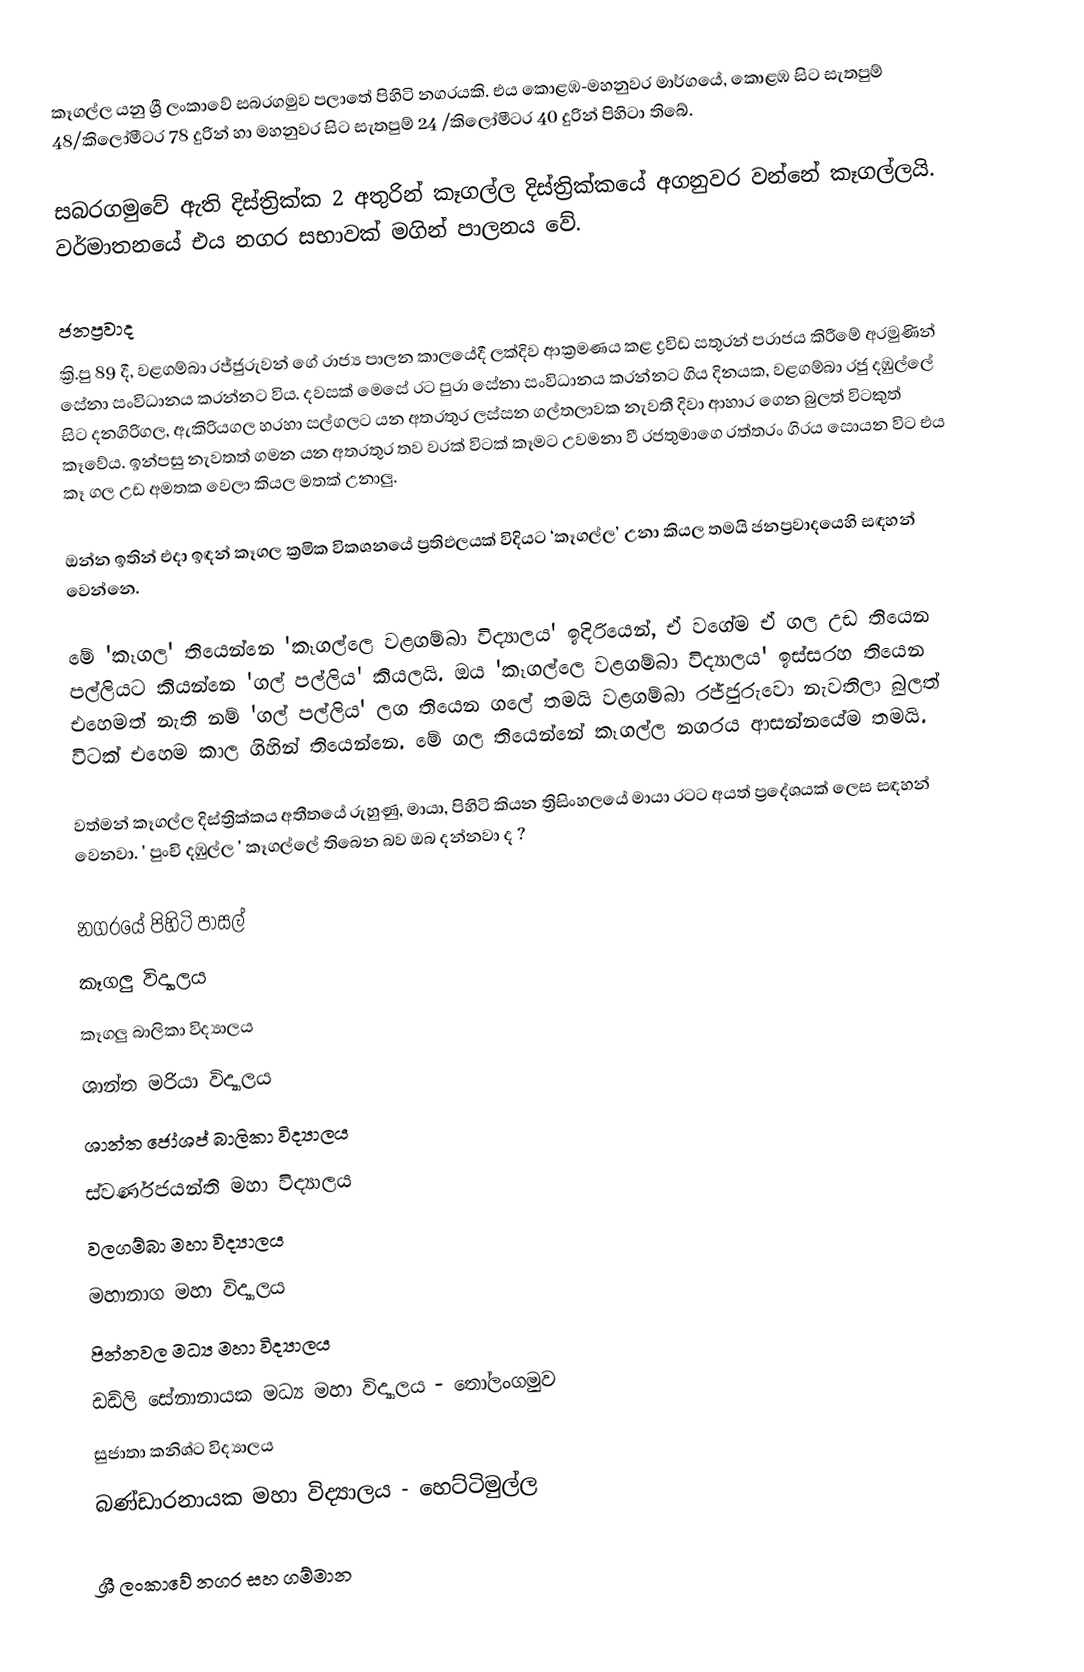
කෑගල්ල යනු ශ්‍රී ලංකාවේ සබරගමුව පලාතේ පිහිටි නගරයකි. එය කොළඹ-මහනුවර මාර්ගයේ, කොළඹ සිට සැතපුම් 48/කිලෝමීටර 78 දුරින් හා මහනුවර සිට සැතපුම් 24 /කිලෝමීටර 40 දුරින් පිහිටා තිබේ.

සබරගමුවේ ඇති දිස්ත්‍රික්ක 2 අතුරින් කෑගල්ල දිස්ත්‍රික්කයේ අගනුවර වන්නේ කෑගල්ලයි. වර්මාතනයේ එය නගර සභාවක් මගින් පාලනය වේ.

ජනප්‍රවාද
ක්‍රි.පු 89 දී, වළගම්බා රජ්ජුරුවන් ගේ රාජ්‍ය පාලන කාලයේදී ලක්දිව ආක්‍රමණය කළ ද්‍රවිඩ සතුරන් පරාජය කිරීමේ අරමුණින් සේනා සංවිධානය කරන්නට විය. දවසක් මෙසේ රට පුරා සේනා සංවිධානය කරන්නට ගිය දිනයක, වළගම්බා රජු දඹුල්ලේ සිට දනගිරිගල, ඇකිරියගල හරහා සල්ගලට යන අතරතුර ලස්සන ගල්තලාවක නැවතී දිවා ආහාර ගෙන බුලත් විටකුත් කෑවේය. ඉන්පසු නැවතත් ගමන යන අතරතුර තව වරක් විටක් කෑමට උවමනා වී රජතුමාගෙ රත්තරං ගිරය සොයන විට එය කෑ ගල උඩ අමතක වෙලා කියල මතක් උනාලු.

ඔන්න ඉතින් එදා ඉඳන් කෑගල ක්‍රමික විකශනයේ ප්‍රතිඵලයක් විදියට ‘කෑගල්ල’ උනා කියල තමයි ජනප්‍රවාදයෙහි සඳහන් වෙන්නෙ.

මේ 'කෑගල' තියෙන්නෙ 'කෑගල්ලෙ වළගම්බා විද්‍යාලය' ඉදිරියෙන්, ඒ වගේම ඒ ගල උඩ තියෙන පල්ලියට කියන්නෙ 'ගල් පල්ලිය' කියලයි. ඔය 'කෑගල්ලෙ වළගම්බා විද්‍යාලය' ඉස්සරහ තියෙන එහෙමත් නැති නම් 'ගල් පල්ලිය' ලග තියෙන ගලේ තමයි වළගම්බා රජ්ජුරුවො නැවතිලා බුලත් විටක් එහෙම කාල ගිහින් තියෙන්නෙ. මේ ගල තියෙන්නේ කෑගල්ල නගරය ආසන්නයේම තමයි.

වත්මන් කෑගල්ල දිස්ත්‍රික්කය අතීතයේ රුහුණු, මායා, පිහිටි කියන ත්‍රිසිංහලයේ මායා රටට අයත් ප්‍රදේශයක් ලෙස සඳහන් වෙනවා. ' පුංචි දඹුල්ල ' කෑගල්ලේ තිබෙන බව ඔබ දන්නවා ද ?

නගරයේ පිහිටි පාසල්
 කෑගලු විද්‍යාලය
 කෑගලු බාලිකා විද්‍යාලය
ශාන්ත මරියා විද්‍යාලය
 ශාන්ත ජෝශප් බාලිකා විද්‍යාලය
 ස්වර්ණජයන්ති මහා විද්‍යාලය
 වලගම්බා මහා විද්‍යාලය
 මහානාග මහා විද්‍යාලය
 පින්නවල මධ්‍ය මහා විද්‍යාලය
ඩඩ්ලි සේනානායක මධ්‍ය මහා විද්‍යාලය - තෝලංගමුව
 සුජාතා කනිශ්ට විද්‍යාලය
බණ්ඩාරනායක  මහා විද්‍යාලය - හෙට්ටිමුල්ල

ශ්‍රී ලංකාවේ නගර සහ ගම්මාන